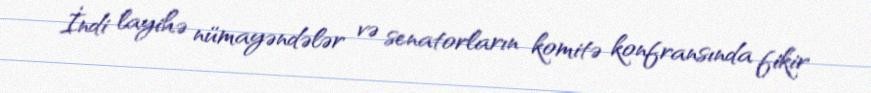
İndi layihə nümayəndələr və senatorların komitə konfransında fikir